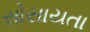
સોસાયતા